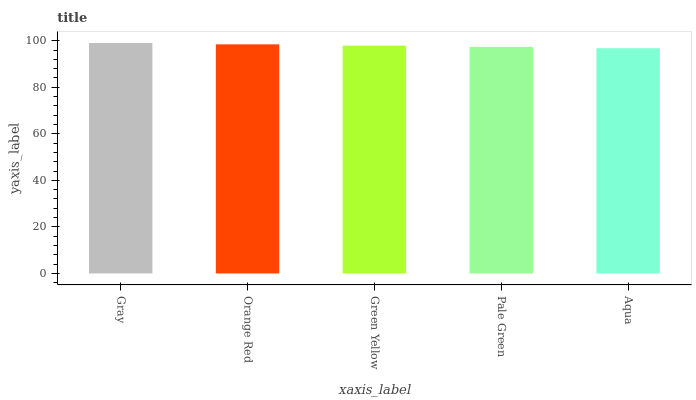
| xaxis_label | bars |
 | --- | --- |
 | Gray | 99 |
 | Orange Red | 98.4 |
 | Green Yellow | 97.9 |
 | Pale Green | 97.3 |
 | Aqua | 96.8 |